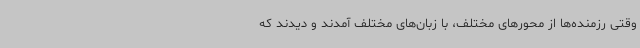
وقتی رزمنده‌ها از محورهای مختلف، با زبان‌های مختلف آمدند و دیدند که